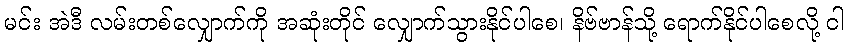
မင်း အဲဒီ လမ်းတစ်လျှောက်ကို အဆုံးတိုင် လျှောက်သွားနိုင်ပါစေ၊ နိဗ်ဗာန်သို့ ရောက်နိုင်ပါစေလို့ ငါ